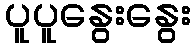
ပူပူနွေးနွေး